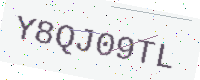
Text: Y8QJ09TL